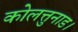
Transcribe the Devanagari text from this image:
कोलत्तुनाड।